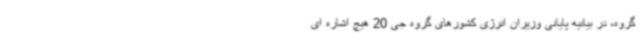
گروه، در بیانیه پایانی وزیران انرژی کشورهای گروه جی 20 هیچ اشاره ای